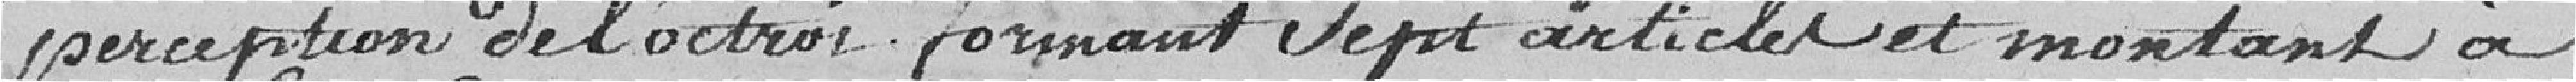
perception de l'octroi formant sept articles et montant à